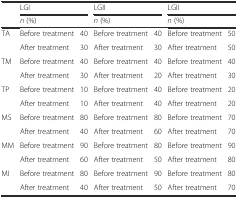
<table><thead><tr><td rowspan="2"></td><td colspan="2"><b>LGI</b></td><td colspan="2"><b>LGII</b></td><td colspan="2"><b>LGII</b></td></tr><tr><td colspan="2"><b><i>n</i> (%)</b></td><td colspan="2"><b><i>n</i> (%)</b></td><td colspan="2"><b><i>n</i> (%)</b></td></tr></thead><tbody><tr><td rowspan="2">TA</td><td>Before treatment</td><td>40</td><td>Before treatment</td><td>40</td><td>Before treatment</td><td>50</td></tr><tr><td>After treatment</td><td>30</td><td>After treatment</td><td>30</td><td>After treatment</td><td>50</td></tr><tr><td rowspan="2">TM</td><td>Before treatment</td><td>40</td><td>Before treatment</td><td>40</td><td>Before treatment</td><td>40</td></tr><tr><td>After treatment</td><td>30</td><td>After treatment</td><td>20</td><td>After treatment</td><td>30</td></tr><tr><td rowspan="2">TP</td><td>Before treatment</td><td>10</td><td>Before treatment</td><td>40</td><td>Before treatment</td><td>20</td></tr><tr><td>After treatment</td><td>10</td><td>After treatment</td><td>40</td><td>After treatment</td><td>20</td></tr><tr><td rowspan="2">MS</td><td>Before treatment</td><td>80</td><td>Before treatment</td><td>80</td><td>Before treatment</td><td>70</td></tr><tr><td>After treatment</td><td>40</td><td>After treatment</td><td>60</td><td>After treatment</td><td>70</td></tr><tr><td rowspan="2">MM</td><td>Before treatment</td><td>90</td><td>Before treatment</td><td>80</td><td>Before treatment</td><td>90</td></tr><tr><td>After treatment</td><td>60</td><td>After treatment</td><td>50</td><td>After treatment</td><td>80</td></tr><tr><td rowspan="2">MI</td><td>Before treatment</td><td>80</td><td>Before treatment</td><td>90</td><td>Before treatment</td><td>80</td></tr><tr><td>After treatment</td><td>40</td><td>After treatment</td><td>50</td><td>After treatment</td><td>70</td></tr></tbody></table>